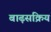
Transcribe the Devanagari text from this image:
बाढ़सक्रिय